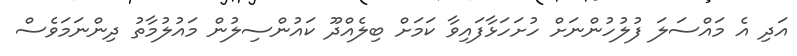
އަދި އެ މައްސަލަ ފުލުހުންނަށް ހުށަހަޅާފައިވާ ކަމަށް ބިލެއްދޫ ކައުންސިލުން މައުލުމާތު ދިންނަމަވެސް